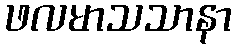
ဖလမာသသာနာ